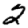
Digit: 2